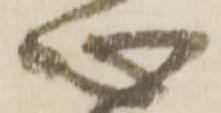
心